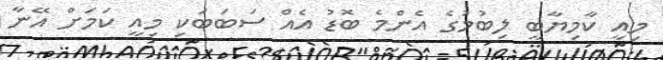
މިއީ ކާމިޔާބީ ލިބުމުގެ އެންމެ ބޮޑު އެއް ސަބަބަކި މިއީ ކަމަށް އޭނާ